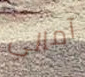
آمالي